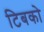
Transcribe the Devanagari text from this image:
टिबको